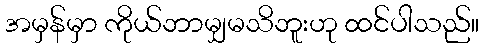
အမှန်မှာ ကိုယ်ဘာမျှမသိဘူးဟု ထင်ပါသည်။